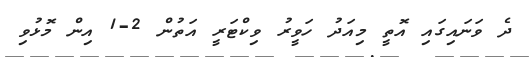
ދެ ވަނައިގައި އޮތީ މިއަދު ހަވީރު ވިކްޓަރީ އަތުން 2-1 އިން މޮޅުވި